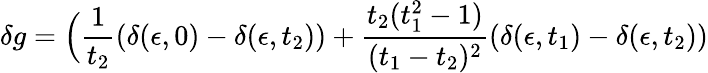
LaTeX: \delta g=\Big({\frac{1}{t_{2}}}(\delta(\epsilon,0)-\delta(\epsilon,t_{2}))+{\frac{t_{2}(t_{1}^{2}-1)}{(t_{1}-t_{2})^{2}}}(\delta(\epsilon,t_{1})-\delta(\epsilon,t_{2}))